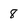
Character: 8